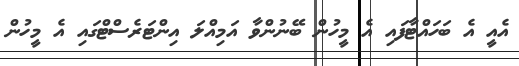
އެއީ އެ ބަހައްޓާފައި އެ މީހުން ބޭނުންވާ އަމިއްލަ އިންޓަރެސްޓްގައި އެ މީހުން